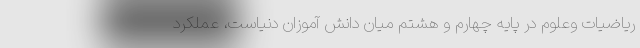
ریاضیات وعلوم در پایه چهارم و هشتم میان دانش آموزان دنیاست، عملکرد